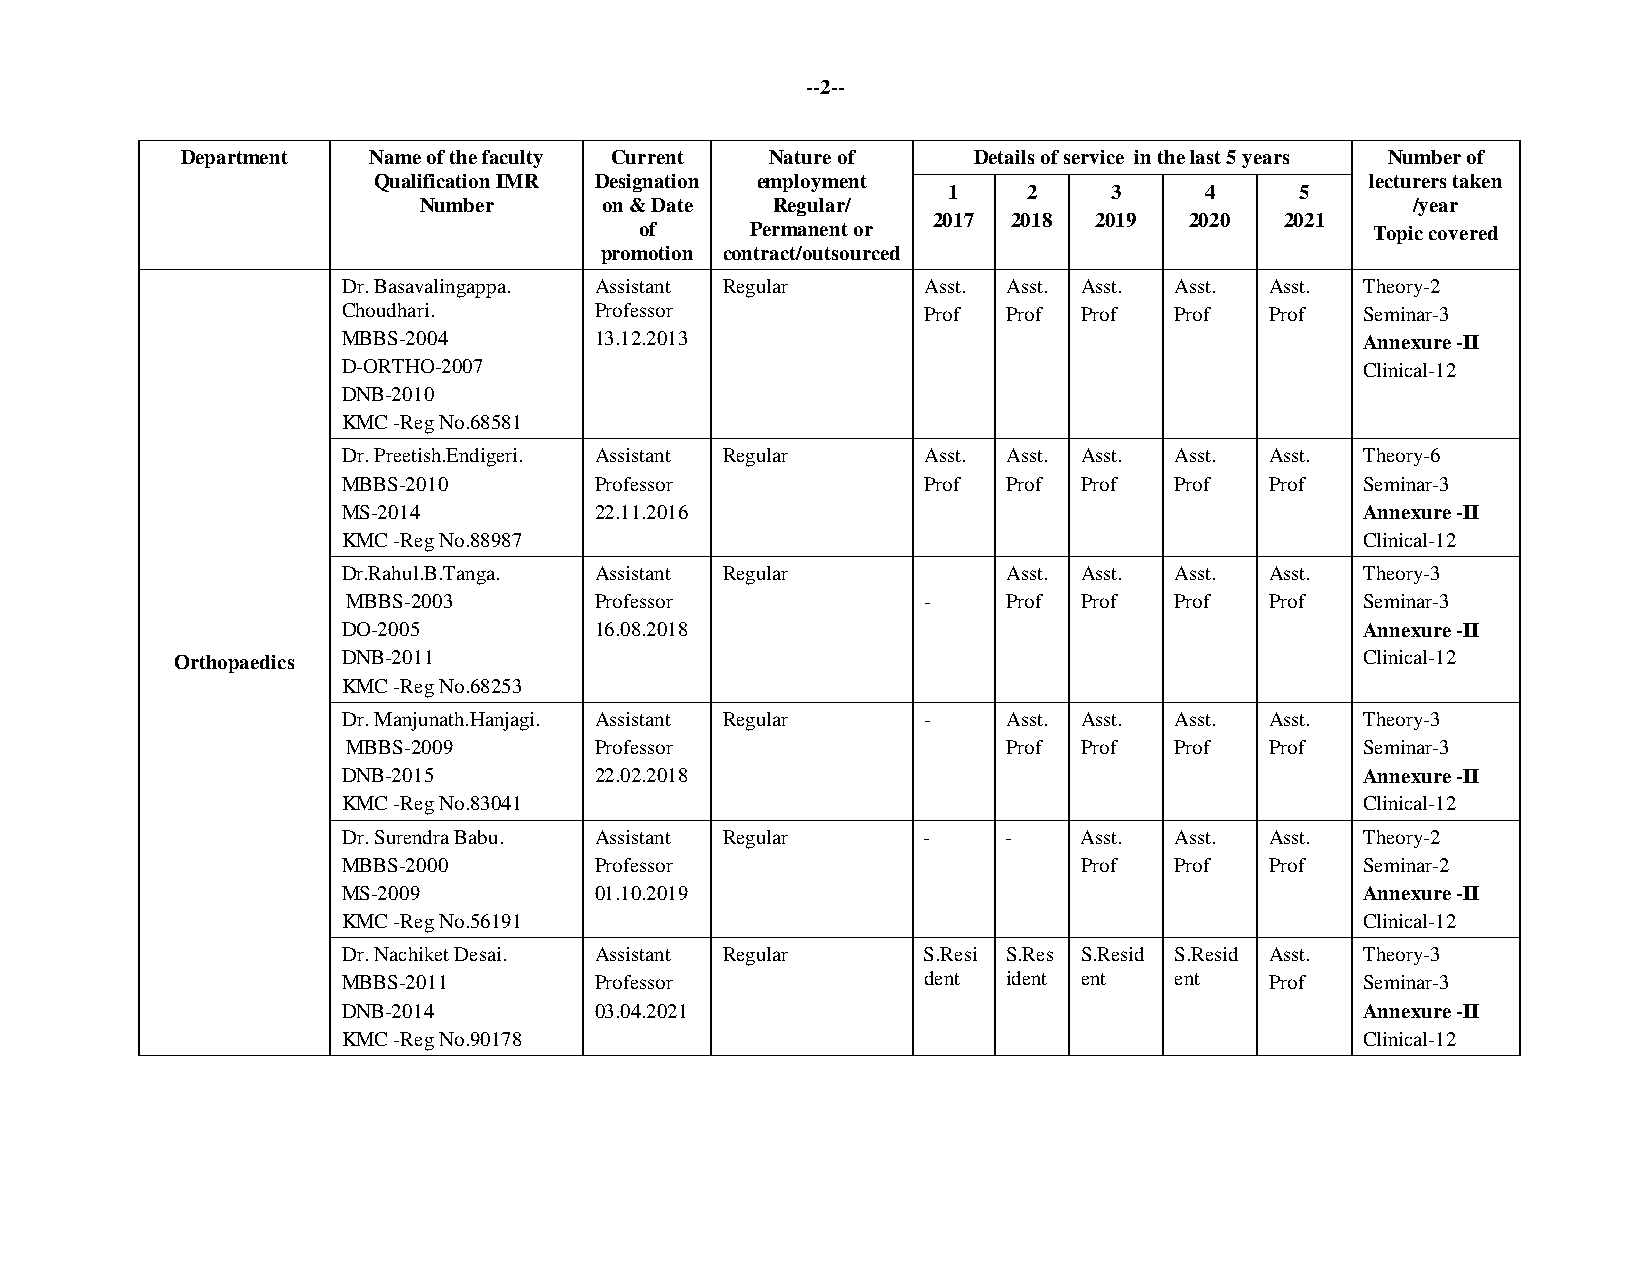
--2--
 Department  Name of the faculty Current Nature of   Details of service in the last 5 years Number of
 Qualification IMR Designation employment                          lecturers taken
 1    2     3     4     5
 Number      on & Date  Regular/                                   /year
 2017 2018 2019   2020  2021
 of      Permanent or                             Topic covered
 promotion contract/outsourced
 Dr. Basavalingappa. Assistant Regular Asst. Asst. Asst. Asst. Asst. Theory-2
 Choudhari.      Professor             Prof  Prof Prof  Prof  Prof  Seminar-3
 MBBS-2004       13.12.2013                                         Annexure -II
 D-ORTHO-2007                                                       Clinical-12
 DNB-2010
 KMC -Reg No.68581
 Dr. Preetish.Endigeri. Assistant Regular Asst. Asst. Asst. Asst. Asst. Theory-6
 MBBS-2010       Professor             Prof  Prof Prof  Prof  Prof  Seminar-3
 MS-2014         22.11.2016                                         Annexure -II
 KMC -Reg No.88987                                                  Clinical-12
 Dr.Rahul.B.Tanga. Assistant Regular         Asst. Asst. Asst. Asst. Theory-3
 MBBS-2003       Professor             -     Prof Prof  Prof  Prof  Seminar-3
 DO-2005         16.08.2018                                         Annexure -II
 Orthopaedics DNB-2011                                                         Clinical-12
 KMC -Reg No.68253
 Dr. Manjunath.Hanjagi. Assistant Regular -  Asst. Asst. Asst. Asst. Theory-3
 MBBS-2009       Professor                   Prof Prof  Prof  Prof  Seminar-3
 DNB-2015        22.02.2018                                         Annexure -II
 KMC -Reg No.83041                                                  Clinical-12
 Dr. Surendra Babu. Assistant Regular  -     -    Asst. Asst. Asst. Theory-2
 MBBS-2000       Professor                        Prof  Prof  Prof  Seminar-2
 MS-2009         01.10.2019                                         Annexure -II
 KMC -Reg No.56191                                                  Clinical-12
 Dr. Nachiket Desai. Assistant Regular S.Resi S.Res S.Resid S.Resid Asst. Theory-3
 MBBS-2011       Professor             dent  ident ent  ent   Prof  Seminar-3
 DNB-2014        03.04.2021                                         Annexure -II
 KMC -Reg No.90178                                                  Clinical-12